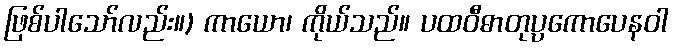
ဖြစ်ပါသော်လည်း။) ကာယော၊ ကိုယ်သည်။ ပထဝီဓာတုပ္ပကောပေနဝါ